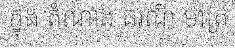
ក្នុង តំណាង ធរណី មាត្រ